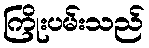
ကြိုးပမ်းသည်